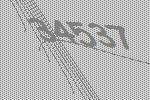
34537